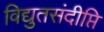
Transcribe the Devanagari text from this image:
विद्युतसंदीप्ति